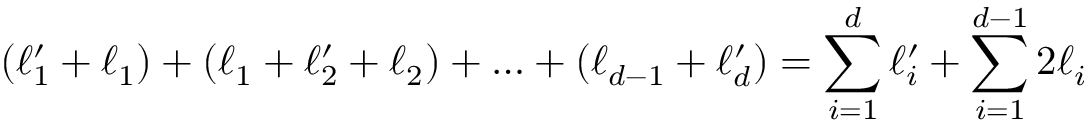
( \ell _ { 1 } ^ { \prime } + \ell _ { 1 } ) + ( \ell _ { 1 } + \ell _ { 2 } ^ { \prime } + \ell _ { 2 } ) + \ldots + ( \ell _ { d - 1 } + \ell _ { d } ^ { \prime } ) = \sum _ { i = 1 } ^ { d } \ell _ { i } ^ { \prime } + \sum _ { i = 1 } ^ { d - 1 } 2 \ell _ { i }